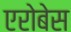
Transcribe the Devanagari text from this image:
एरोबेस